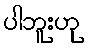
ပါဘူးဟု